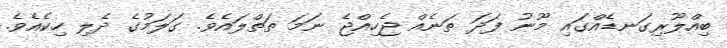
ބިއްލޫރިގަނޑެއްގައި މޫނު ފަދަ ތަނެއް ޖެހިއްޖެ ނަމަ ތަތްލައެވެ. ގަލަމުގެ ދެލި ހިކެއެވެ.